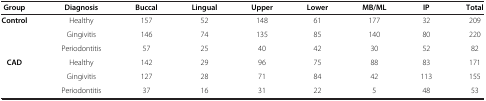
<table><thead><tr><td><b>Group</b></td><td><b>Diagnosis</b></td><td><b>Buccal</b></td><td><b>Lingual</b></td><td><b>Upper</b></td><td><b>Lower</b></td><td><b>MB/ML</b></td><td><b>IP</b></td><td><b>Total</b></td></tr></thead><tbody><tr><td rowspan="3"><b>Control</b></td><td>Healthy</td><td>157</td><td>52</td><td>148</td><td>61</td><td>177</td><td>32</td><td>209</td></tr><tr><td>Gingivitis</td><td>146</td><td>74</td><td>135</td><td>85</td><td>140</td><td>80</td><td>220</td></tr><tr><td>Periodontitis</td><td>57</td><td>25</td><td>40</td><td>42</td><td>30</td><td>52</td><td>82</td></tr><tr><td rowspan="2"><b>CAD</b></td><td>Healthy</td><td>142</td><td>29</td><td>96</td><td>75</td><td>88</td><td>83</td><td>171</td></tr><tr><td>Gingivitis</td><td>127</td><td>28</td><td>71</td><td>84</td><td>42</td><td>113</td><td>155</td></tr><tr><td> </td><td>Periodontitis</td><td>37</td><td>16</td><td>31</td><td>22</td><td>5</td><td>48</td><td>53</td></tr></tbody></table>